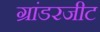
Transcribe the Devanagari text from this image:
ग्रांडरजीट